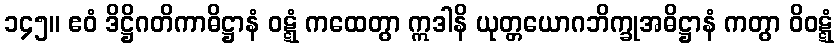
၁၄၅။ ဧဝံ ဒိဋ္ဌိဂတိကာဓိဋ္ဌာနံ ဝဋ္ဋံ ကထေတွာ ဣဒါနိ ယုတ္တယောဂဘိက္ခုအဓိဋ္ဌာနံ ကတွာ ဝိဝဋ္ဋံ